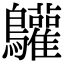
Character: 𪈩